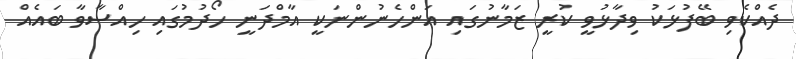
ދެއްކެވި ބޭފުޅަކު ވިދާޅުވީ ކުރީ ޒަމާނުގައި އަންހެނުންނަކީ އާމްދަނީ ހޯދުމުގައި ހިއްސާވާ ބައެއް